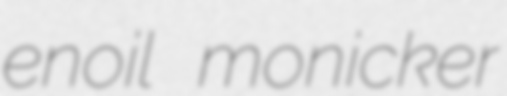
enoil monicker